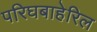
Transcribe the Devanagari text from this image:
परिघबाहेरिल